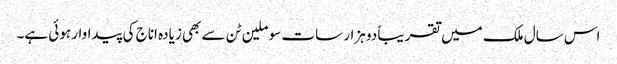
اس سال ملک میں تقریباً دو ہزار سات سو ملین ٹن سے بھی زیادہ اناج کی پیداوار ہوئی ہے۔